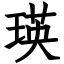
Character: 瑛